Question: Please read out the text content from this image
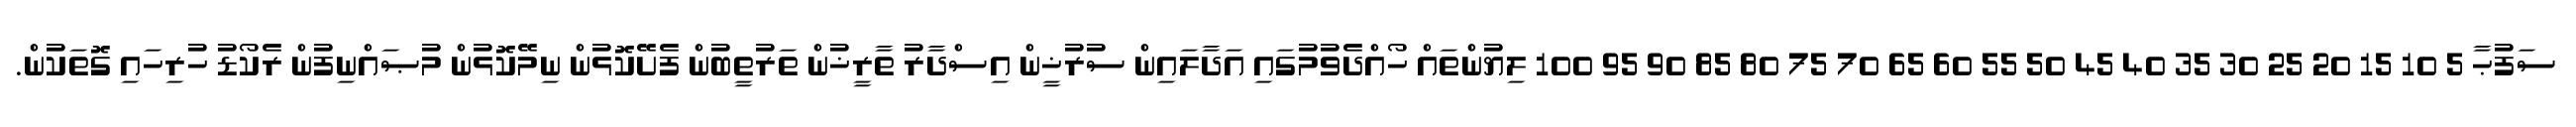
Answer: ސަފުޙާ 5 10 15 20 25 30 35 40 45 50 55 60 65 70 75 80 85 90 95 100 ލިޔުންތައް ހޯއްދެވުމުގައި އަދާލައިން ސުރުޚީން އިސްދާރު ތާރީޚުން ތަރުތީބުން ފެށޭކޮޅުން ނިމޭކޮޅުން މުޞައްނިފުން ރެކޯޑު ހުރިހައި ގޮތަކުން.